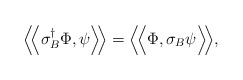
\begin{align*} \Big\langle \!\Big\langle\sigma_{B}^\dag\Phi, \psi\Big\rangle \! \Big\rangle= \Big\langle \! \Big\langle\Phi,\sigma_{B} \psi\Big\rangle \! \Big\rangle,\end{align*}